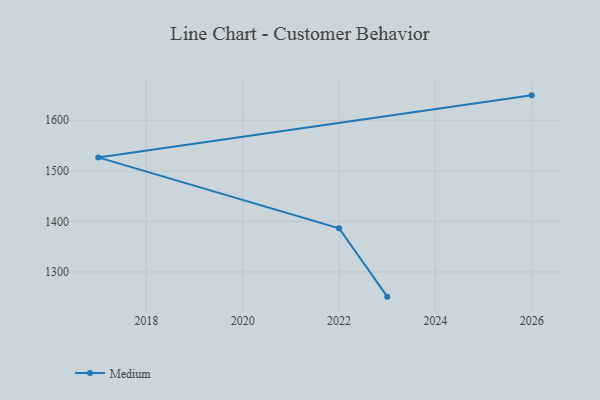
{"axis": {"x": "Year", "y": "Temperature (°C)"}, "legend": ["Medium"], "data": [{"x": "2026", "y": 1649.3, "type": "Medium"}, {"x": "2017", "y": 1526.6, "type": "Medium"}, {"x": "2022", "y": 1386.4, "type": "Medium"}, {"x": "2023", "y": 1251.2, "type": "Medium"}]}